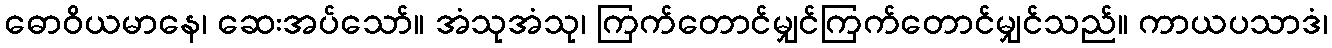
ဓောဝိယမာနေ၊ ဆေးအပ်သော်။ အံသုအံသု၊ ကြက်တောင်မျှင်ကြက်တောင်မျှင်သည်။ ကာယပသာဒံ၊